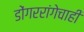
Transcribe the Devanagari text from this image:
डोंगररांगेचाही